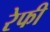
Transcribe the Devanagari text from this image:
रेफी